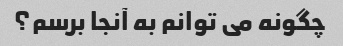
چگونه می توانم به آنجا برسم؟